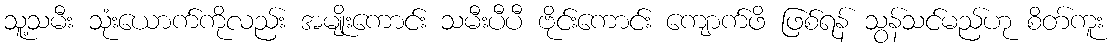
သူ့သမီး သုံးယောက်ကိုလည်း အမျိုးကောင်း သမီးပီပီ ဗိုင်းကောင်း ကျောက်ဖိ ဖြစ်ရန် သွန်သင်မည်ဟု စိတ်ကူး